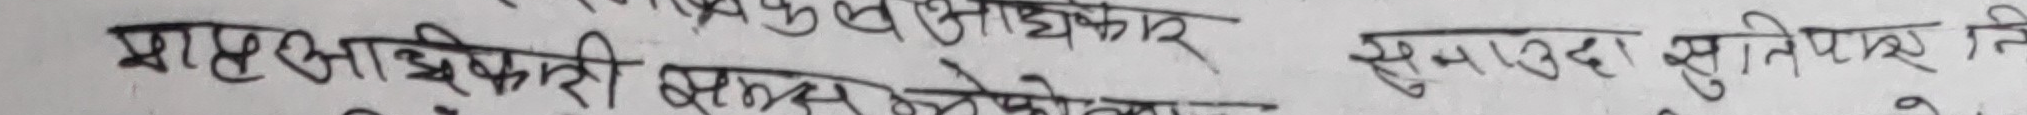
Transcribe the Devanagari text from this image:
प्राप्ती अधिकारी प्रयास कोशिश अधिकार सुमाउद सुनील नि